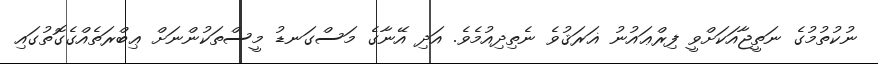
ނުކުތުމުގެ ނަތީޖާއަކަށްވީ ފިރްޢައުނު ޣަރަޤުވެ ނެތިދިއުމެވެ. އަދި އޭނާގެ މަސްގަނޑު މީސްތަކުންނަށް ޢިބްރަތެއްގެގޮތުގައި